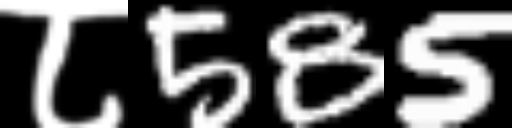
Text: ८585